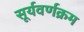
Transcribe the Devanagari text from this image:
सूर्यवर्णक्रम